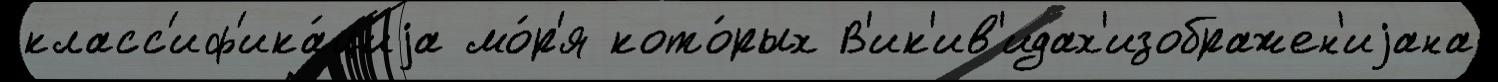
класс'иф'ика́циjа мо́р'я кото́рых В'ик'ив'идах'изображен'иjана